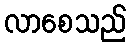
လာစေသည်